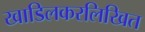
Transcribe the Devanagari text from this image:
खाडिलकरलिखित